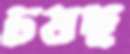
চষছ